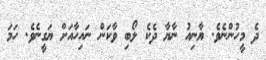
ދެ މީހުންނެވެ. ޔާނިއު ނާޔާ ދެކެ ލޯބި ވާކަން ނައިހާއަށް ޔަގީނެވެ. ހަމަ